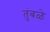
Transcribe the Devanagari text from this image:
तुंबळे